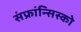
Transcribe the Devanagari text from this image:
संफ्रांन्सिस्को